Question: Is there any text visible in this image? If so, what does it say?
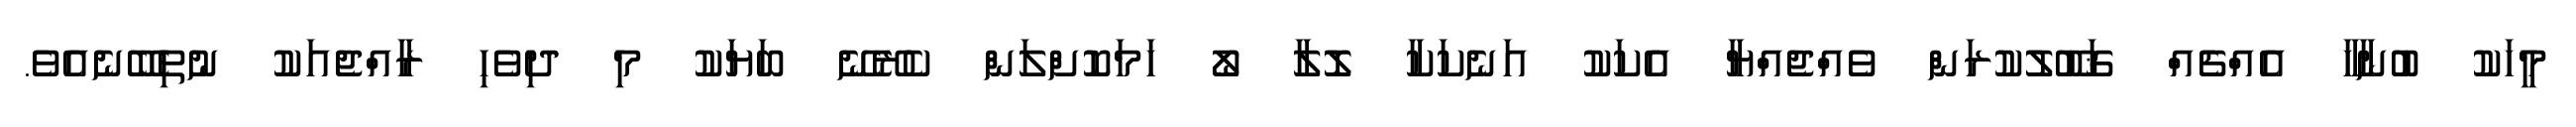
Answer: މީހަކު ބުނާހާ އެއްޗެއް ޤަބޫލުކުރަން ވެއްޖެއްޔާ އެކަކު އަނެކަކާ ލޮލާ ލޯ ހަމަކޮށްލަން ކެރޭނޭ ބަޔަކު މި ދިވެހި ރާއްޖެއަކު ނުތިބޭނެއެވެ.